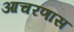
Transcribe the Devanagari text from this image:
आचरणास